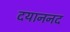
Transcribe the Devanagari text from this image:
दयाननद